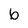
Character: 6